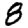
Digit: 8